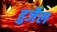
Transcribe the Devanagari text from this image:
हुजैल